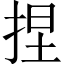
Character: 捏